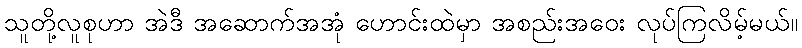
သူတို့လူစုဟာ အဲဒီ အဆောက်အအုံ ဟောင်းထဲမှာ အစည်းအဝေး လုပ်ကြလိမ့်မယ်။